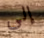
إلى